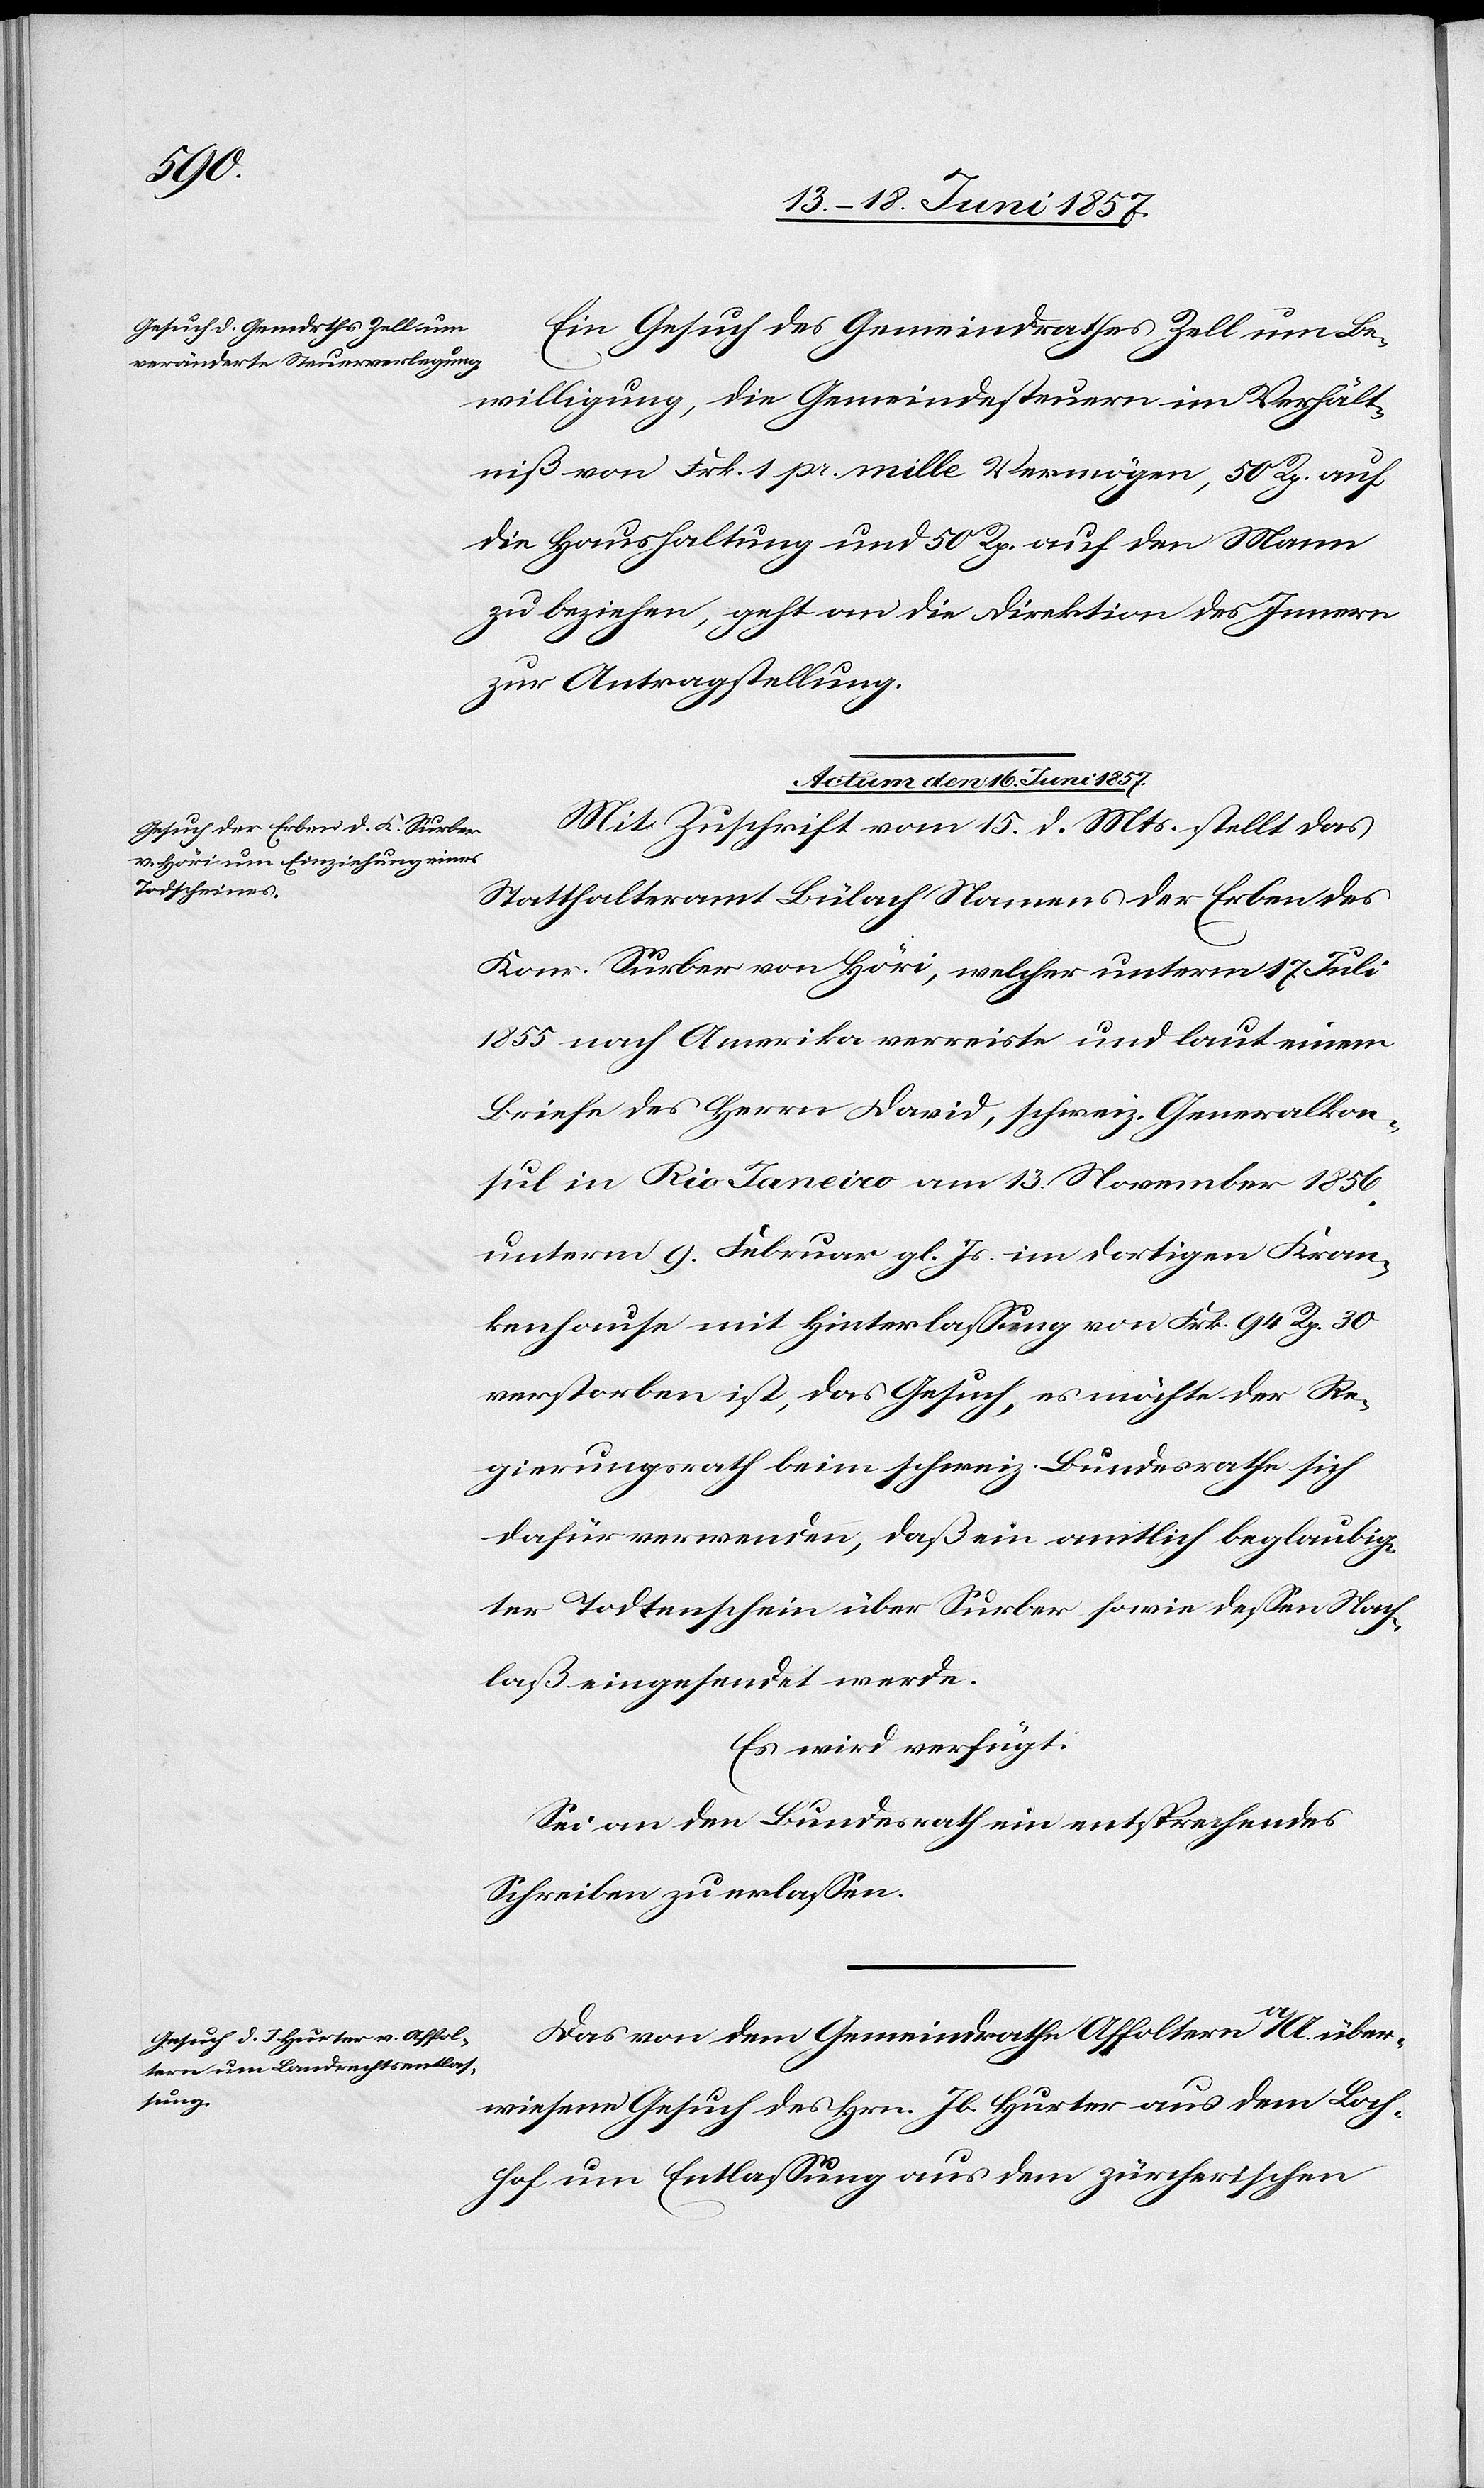
Ein Gesuch des Gemeindrathes Zell um Be¬
willigung, die Gemeindsteuern im Verhält¬
niß von Frk. 1 pr. mille Vermögen, 50 Rp. auf
die Haushaltung und 50 Rp. auf den Mann
zu beziehen, geht an die Direktion des Innern
zur Antragstellung.
Actum den 16 Juni 1857.]
Mit Zuschrift vom 15 d. Mts. stellt das
Statthalteramt Bülach Namens der Erben des
Konr. Surber von Höri, welcher unterm 17 Juli
1855 nach Amerika verreiste und laut einem
Briefe des Herrn David, schweiz. Generalkon¬
sul in Rio Janeiro am 13 November 1856
unterm 9 Februar gl. Js. im dortigen Kran¬
kenhause mit Hinterlassung von Frk. 94 Rp. 30
verstorben ist, das Gesuch, es möchte der Re¬
gierungsrath beim schweiz. Bundesrathe sich
dafür verwenden, daß ein amtlich beglaubig¬
ter Todtenschein über Surber sowie dessen Nach¬
laß eingesendet werde.
Es wird verfügt:
Sei an den Bundesrath ein entsprechendes
Schreiben zu erlassen.
Das von dem Gemeindrathe Affoltern a/A. über¬
wiesene Gesuch des Hrn. Jb. Hurter aus dem Bach¬
hof um Entlassung aus dem zürcherischen